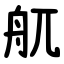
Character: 䑢